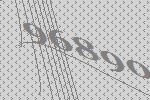
96890